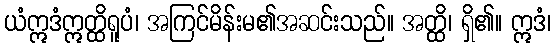
ယံဣဒံဣတ္ထိရူပံ၊ အကြင်မိန်းမ၏အဆင်းသည်။ အတ္ထိ၊ ရှိ၏။ ဣဒံ၊